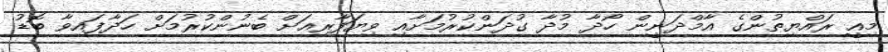
މިއީ ރައްޔިތުންގެ އާމްދަނީން ހޯދާ މުދާ ގުދަންކުރުމަށާއި ވިޔަފާރިއަށް ބެނުންކުރުމަށް ހަދާފައިވާ ބޮޑު